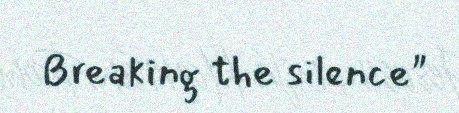
Breaking the silence"